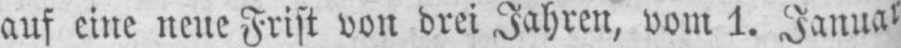
auf eine neue Frist von drei Jahren, vom 1. Januar